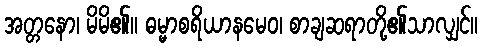
အတ္တနော၊ မိမိ၏။ ဓမ္မာစရိယာနမေဝ၊ စာချဆရာတို့၏သာလျှင်။